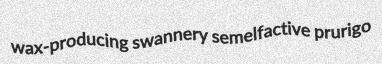
wax-producing swannery semelfactive prurigo